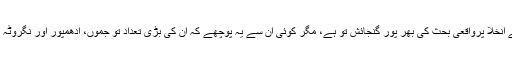
کشمیر پنڈتوں کے انخلا پرواقعی بحث کی بھر پور گنجائش تو ہے، مگر کوئی ان سے یہ پوچھے کہ ان کی بڑی تعداد تو جموں، ادھمپور اور نگروٹہ میں ہی رہتی ہے۔